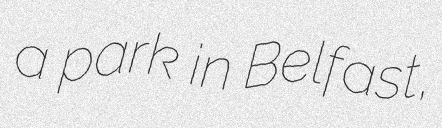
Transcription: a park in Belfast,